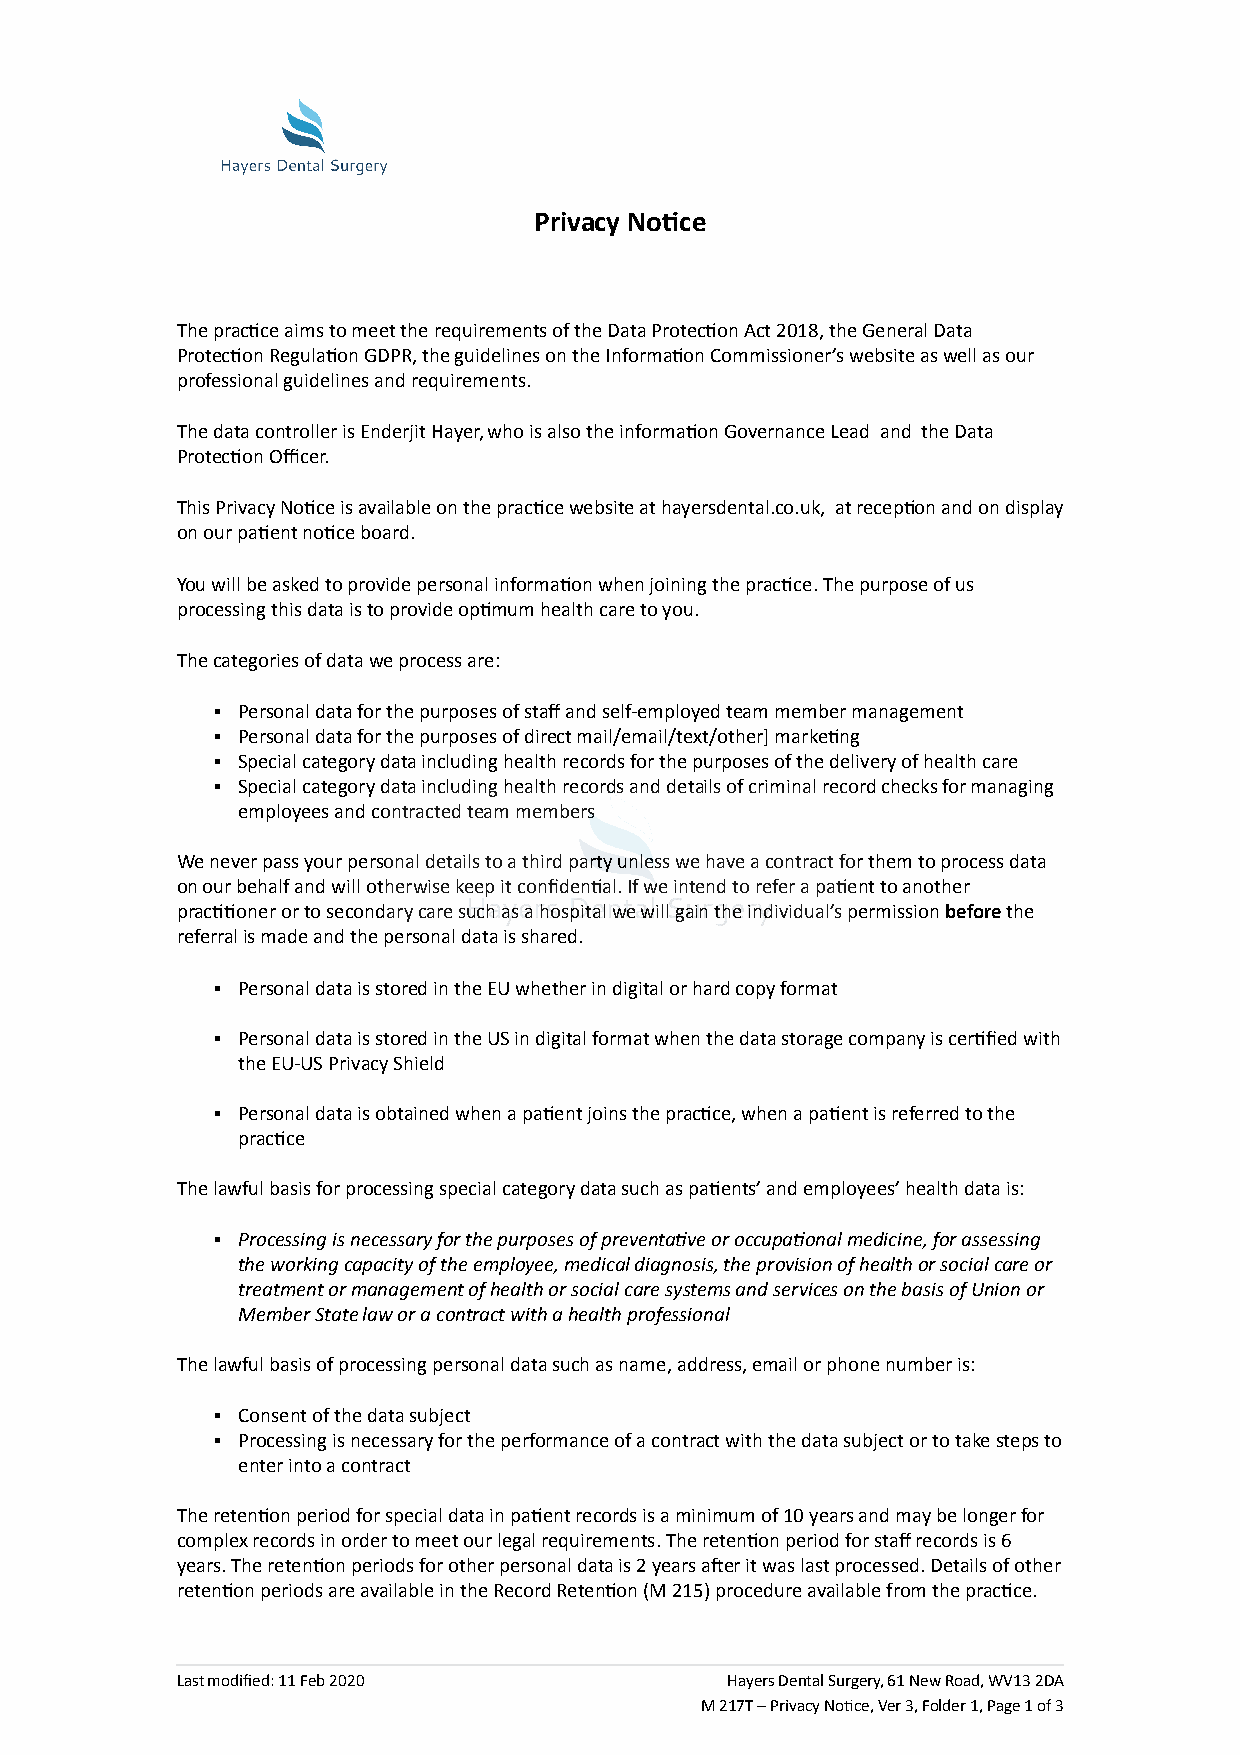
Privacy Notice
 The practice aims to meet the requirements of the Data Protection Act 2018, the General Data
 Protection Regulation GDPR, the guidelines on the Information Commissioner’s website as well as our
 professional guidelines and requirements.
 The data controller is Enderjit Hayer, who is also the information Governance Lead and the Data
 Protection Officer.
 This Privacy Notice is available on the practice website athayersdental.co.uk, at reception and on display
 on our patient notice board.
 You will be asked to provide personal information when joining the practice. The purpose of us
 processing this data is to provide optimum health care to you.
 The categories of data we process are:
 ▪ Personal data for the purposes of staff and self-employed team member management
 ▪ Personal data for the purposes of direct mail/email/text/other] marketing
 ▪ Special category data including health records for the purposes of the delivery of health care
 ▪ Special category data including health records and details of criminal record checks for managing
 employees and contracted team members
 We never pass your personal details to a third party unless we have a contract for them to process data
 on our behalf and will otherwise keep it confidential. If we intend to refer a patient to another
 practitioner or to secondary care such as a hospital we will gain the individual’s permissionbeforethe
 referral is made and the personal data is shared.
 ▪ Personal data is stored in the EU whether in digital or hard copy format
 ▪ Personal data is stored in the US in digital format when the data storage company is certified with
 the EU-US Privacy Shield
 ▪ Personal data is obtained when a patient joins the practice, when a patient is referred to the
 practice
 The lawful basis for processing special category data such as patients’ and employees’ health data is:
 ▪ Processing is necessary for the purposes of preventative or occupational medicine, for assessing
 the working capacity of the employee, medical diagnosis, the provision of health or social care or
 treatment or management of health or social care systems and services on the basis of Union or
 Member State law or a contract with a health professional
 The lawful basis of processing personal data such as name, address, email or phone number is:
 ▪ Consent of the data subject
 ▪ Processing is necessary for the performance of a contract with the data subject or to take steps to
 enter into a contract
 The retention period for special data in patient records is a minimum of 10 years and may be longer for
 complex records in order to meet our legal requirements. The retention period for staff records is 6
 years. The retention periods for other personal data is 2 years after it was last processed. Details of other
 retention periods are available in the Record Retention (M 215) procedure available from the practice.
 Last modified: 11 Feb 2020          Hayers Dental Surgery, 61 New Road, WV13 2DA
 M 217T – Privacy Notice, Ver 3, Folder 1,Page 1 of 3